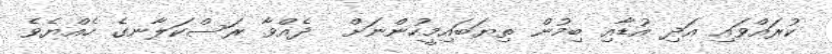
ކުރައްވައި އަދި އުޑާއި ބިމުން ތިޔަބައިމީހުންނަށް  ދެއްވާ ރަސްކަލާނގެ ހެއްޔެވެ